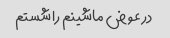
در عوض ماشینم را شستم